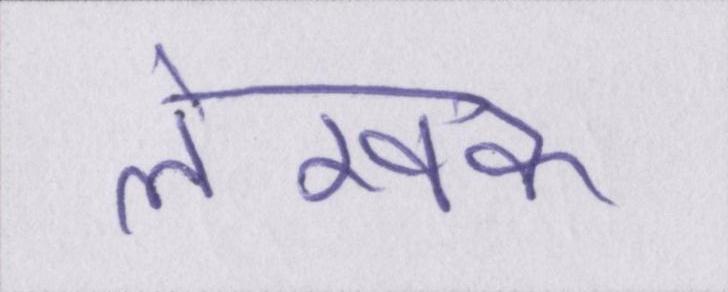
लेखक